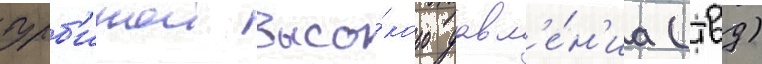
турб'инои высо́кого давл'е́н'иа (твд)